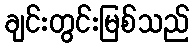
ချင်းတွင်းမြစ်သည်